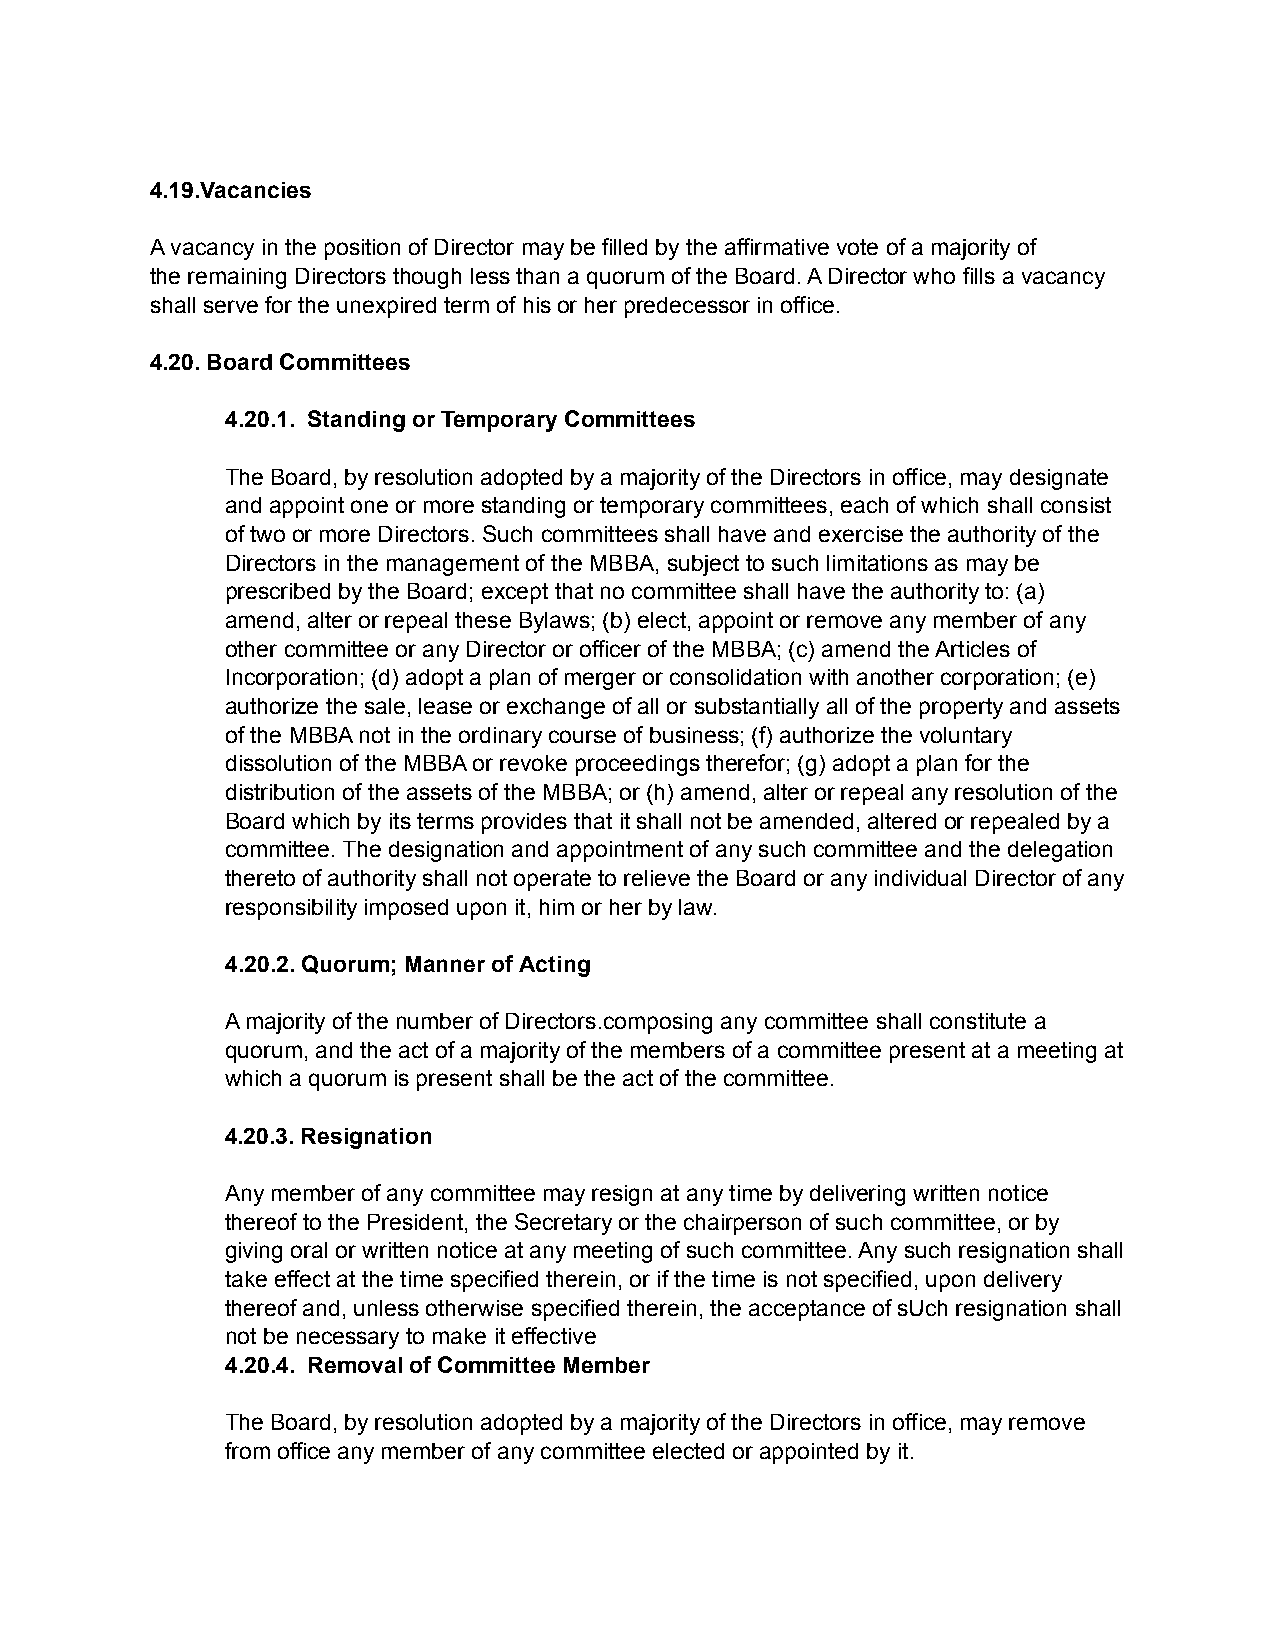
4.19.Vacancies
 A vacancy in the position of Director may be filled by the affirmative vote of a majority of
 the remaining Directors though less than a quorum of the Board. A Director who fills a vacancy
 shall serve for the unexpired term of his or her predecessor in office.
 4.20. Board Committees
 4.20.1. Standing or Temporary Committees
 The Board, by resolution adopted by a majority of the Directors in office, may designate
 and appoint one or more standing or temporary committees, each of which shall consist
 of two or more Directors. Such committees shall have and exercise the authority of the
 Directors in the management of the MBBA, subject to such limitations as may be
 prescribed by the Board; except that no committee shall have the authority to: (a)
 amend, alter or repeal these Bylaws; (b) elect, appoint or remove any member of any
 other committee or any Director or officer of the MBBA; (c) amend the Articles of
 Incorporation; (d) adopt a plan of merger or consolidation with another corporation; (e)
 authorize the sale, lease or exchange of all or substantially all of the property and assets
 of the MBBA not in the ordinary course of business; (f) authorize the voluntary
 dissolution of the MBBA or revoke proceedings therefor; (g) adopt a plan for the
 distribution of the assets of the MBBA; or (h) amend, alter or repeal any resolution of the
 Board which by its terms provides that it shall not be amended, altered or repealed by a
 committee. The designation and appointment of any such committee and the delegation
 thereto of authority shall not operate to relieve the Board or any individual Director of any
 responsibility imposed upon it, him or her by law.
 4.20.2. Quorum; Manner of Acting
 A majority of the number of Directors.composing any committee shall constitute a
 quorum, and the act of a majority of the members of a committee present at a meeting at
 which a quorum is present shall be the act of the committee.
 4.20.3. Resignation
 Any member of any committee may resign at any time by delivering written notice
 thereof to the President, the Secretary or the chairperson of such committee, or by
 giving oral or written notice at any meeting of such committee. Any such resignation shall
 take effect at the time specified therein, or if the time is not specified, upon delivery
 thereof and, unless otherwise specified therein, the acceptance of sUch resignation shall
 not be necessary to make it effective
 4.20.4. Removal of Committee Member
 The Board, by resolution adopted by a majority of the Directors in office, may remove
 from office any member of any committee elected or appointed by it.